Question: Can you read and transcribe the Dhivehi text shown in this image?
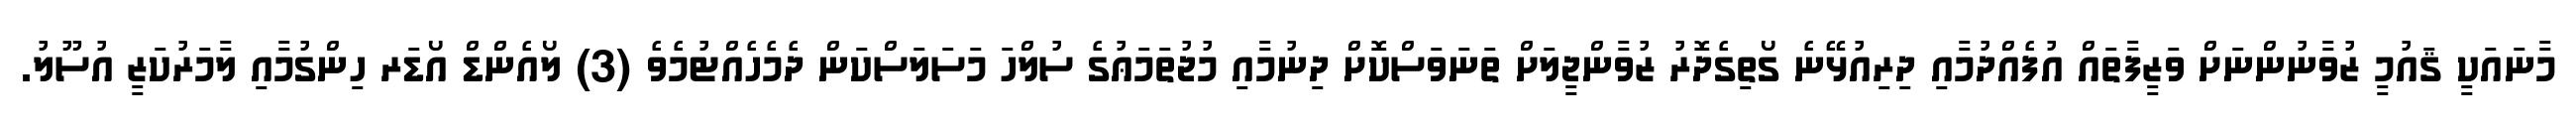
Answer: މާނައަކީ ޤައުމީ ޒުވާނުންނަށް ވަޒީފާތައް އުފެއްދުމާއި ދިރިއުޅޭނެ ގޯތިގެދޮރު ޒުވާންޖީލަށް ތަނަވަސްކޮށް ދިނުމާއި މުޖުތަމަޢުގެ ސުލްހަ މަސަލަސްކަން ދެމެހެއްޓުމެވެ (3) ލޯއެންޑް އޯޑަރ ހިންގުމާއި ލާމަރުކަޒީ އުސޫލު.